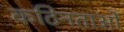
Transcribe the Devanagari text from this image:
कठिनताओं